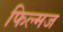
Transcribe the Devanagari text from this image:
फिल्मज